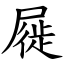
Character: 屣